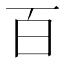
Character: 百